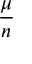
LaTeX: \frac { \mu } { n }